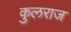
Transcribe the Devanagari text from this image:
कुलराज